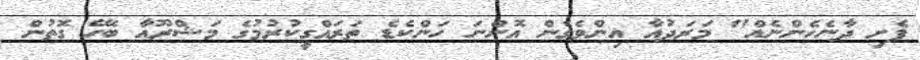
ފެށި ދާނެހެންނެއް" މަރަދުއާ އިންވެގެން އޮންނަ ހަންކެޑެ ތަރައްގީކުރުމުގެ މަޝްރޫއާ ބެހޭ ގޮތުން